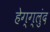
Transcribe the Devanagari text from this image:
हेग्ग्लुंद